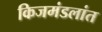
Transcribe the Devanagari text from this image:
किजमंडलांत